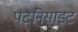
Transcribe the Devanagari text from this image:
पटनिसाइट